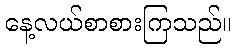
နေ့လယ်စာစားကြသည်။